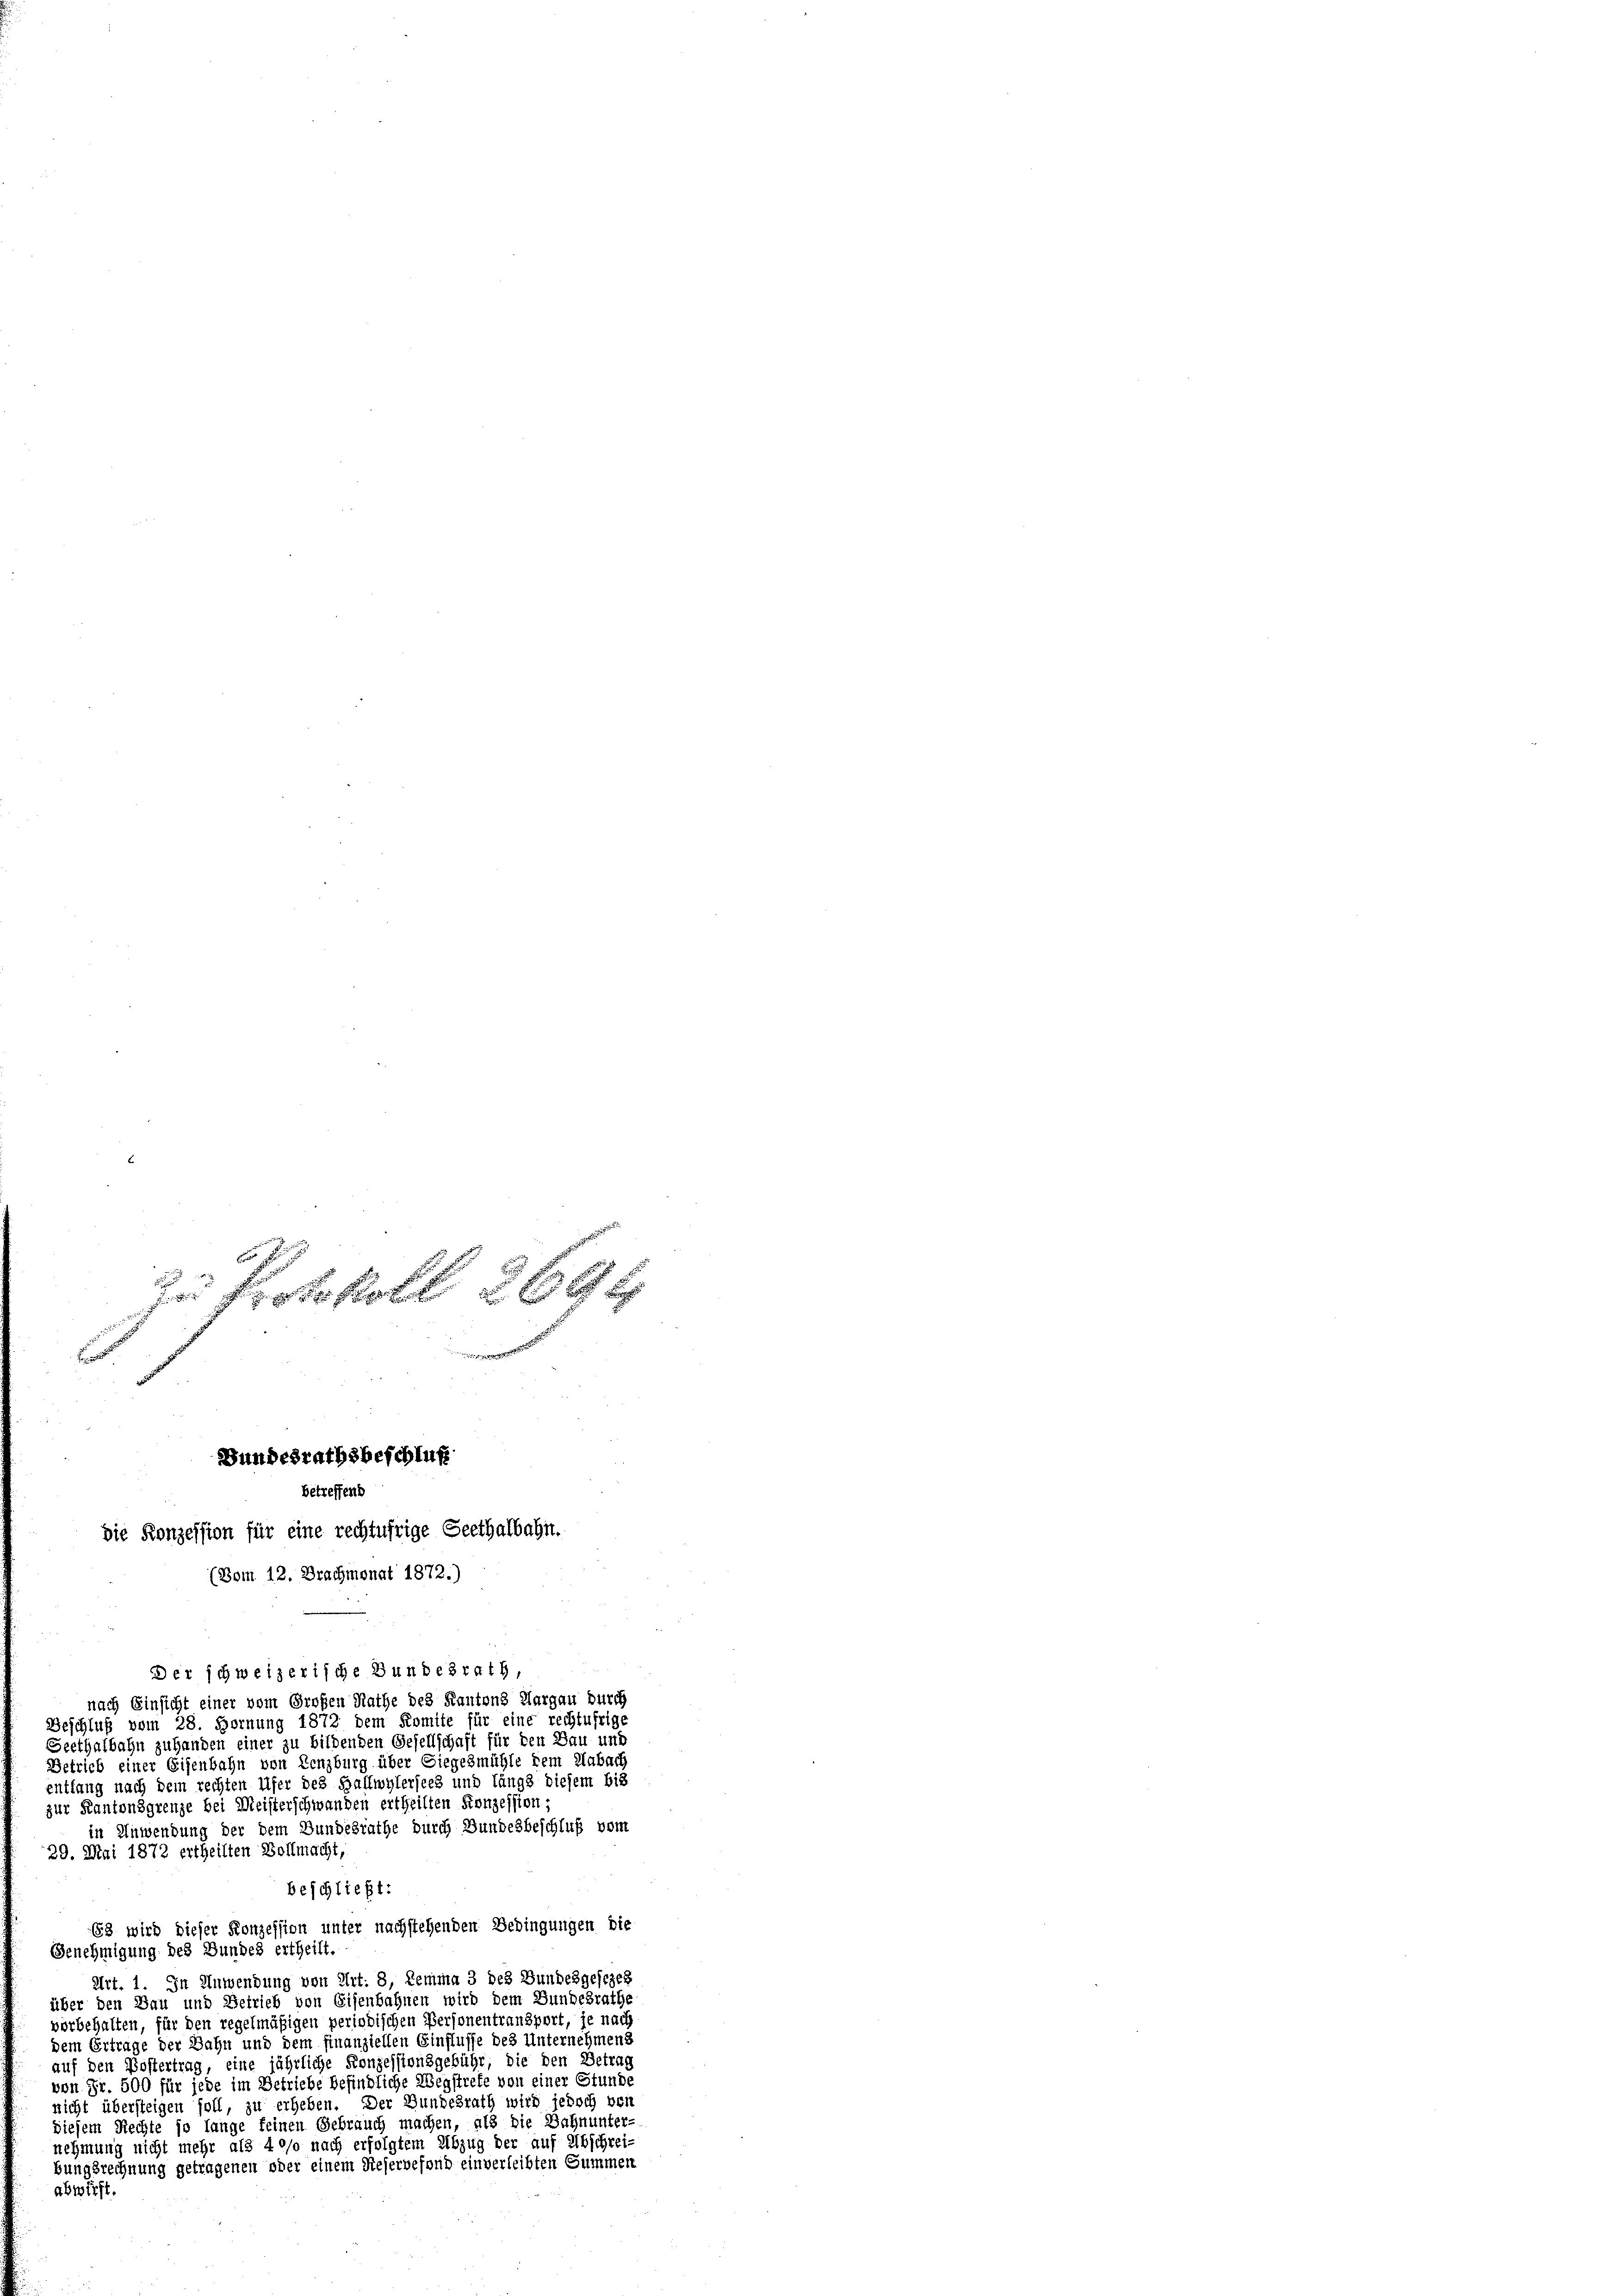
zu Protokoll 3694
t
Bundesrathsbeschluß
betreffend
die Konzession für eine rechtufrige Seethalbahn.
(Bom 12. Brachmonat 1872.)
Der schweizerische Bundesrath,

nach Einsicht einer vom Großen Rathe des Kantons Aargau durch
Beschluß vom 28. Hornung 1872 dem Komite für eine rechtufrige
Seethalbahn zuhanden einer zu bildenden Gesellschaft für den Bau und
Betrieb einer Eisenbahn von Lenzburg über Siegelmühle dem Aabach
entlang nach dem rechten Ufer des Hallwylersees und längs diesem bis
zur Kantonsgrenze bei Meisterschwanden ertheilten Konzession,
in Anwendung der dem Bundesrathe durch Bundesbeschluß vom
29. Mai 1872 ertheilten Vollmacht,
beschließt:
63 wird dieser Konzession unter nachstehenden Bedingungen die
Genehmigung des Bundes ertheilt.
Art. 1. In Anwendung von Art. 8, Lemma 3 des Bundesgesezes
über den Bau und Betrieb von Eisenbahnen wird dem Bundesrathe
vorbehalten, für den regelmäßigen periodischen Personentransport, je nach
dem Ertrage der Bahn und dem finanziellen Einflusse des Unternehmens
auf den Postertrag, eine jährliche Konzessionsgebühr, die den Betrag
von Fr. 500 für jede im Betriebe befindliche Wegstrete von einer Stunde
nicht übersteigen soll, zu erheben. Der Bundesrath wird jedoch von
diesem Rechte so lange feinen Gebrauch machen, als die Bahnunter-
nehmung nicht mehr als 40so nach erfolgtem Abzug der auf Abschrei-
bungsrechnung getragenen oder einem Reservefond einverleibten Summen
abwirft.